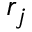
r _ { j }